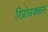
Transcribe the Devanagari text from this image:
रिप्रोडक्शन